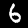
Digit: 6